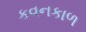
કવનકાળ